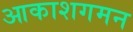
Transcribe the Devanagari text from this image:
आकाशगमन